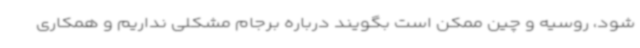
شود، روسیه و چین ممکن است بگویند درباره برجام مشکلی نداریم و همکاری